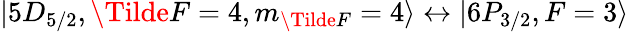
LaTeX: \lvert 5D_{5/2},\Tilde{F}=4,m_{\Tilde{F}}=4\rangle\leftrightarrow\lvert 6P_{3/2},F=3\rangle